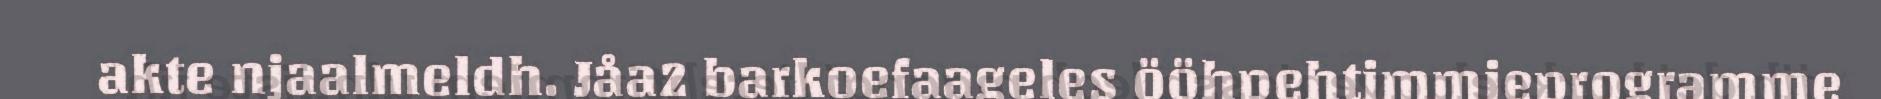
akte njaalmeldh. Jåa2 barkoefaageles ööhpehtimmieprogramme